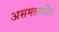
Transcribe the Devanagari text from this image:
असमतारहित